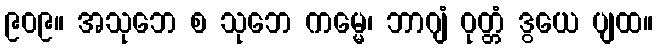
၉၀၉။ အသုဘေ စ သုဘေ ကမ္မေ၊ ဘာဂျံ ဝုတ္တံ ဒွယေ ပျထ။